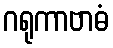
ဂရုကာဗာဓံ